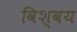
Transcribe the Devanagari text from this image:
विश्वय